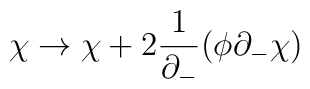
\chi \rightarrow  \chi + 2 \frac{1}{\partial_{-}}( \phi \partial_{-} \chi)